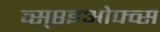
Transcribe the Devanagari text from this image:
व्स्८इओफ्व्स